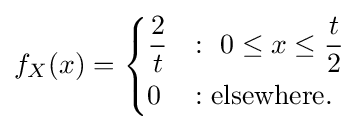
f_{X}(x)={\begin{cases}{\dfrac {2}{t}}&:\ 0\leq x\leq {\dfrac {t}{2}}\\[4px]0&:{\text{elsewhere.}}\end{cases}}